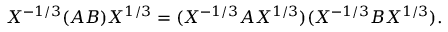
X ^ { - 1 / 3 } ( A B ) X ^ { 1 / 3 } = ( X ^ { - 1 / 3 } A X ^ { 1 / 3 } ) ( X ^ { - 1 / 3 } B X ^ { 1 / 3 } ) .